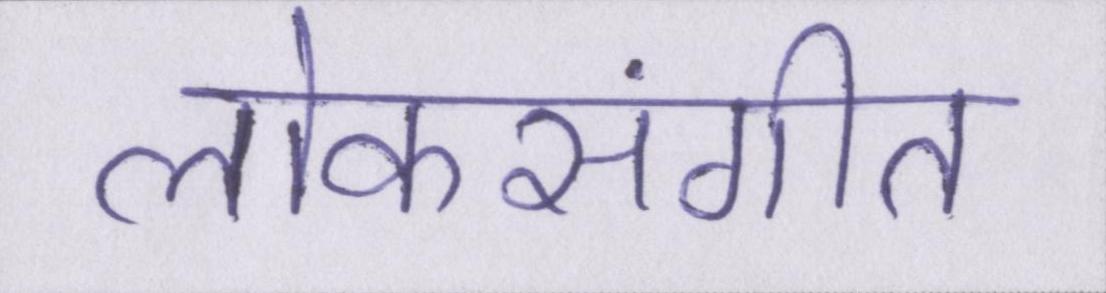
लोकसंगीत